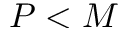
P < M